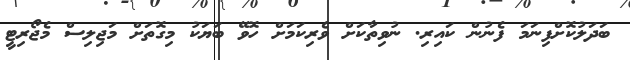
ބަދަލުކޮށްފިނަމަ ފެނުން ކައިރި. ނުވިތާކަށް ވެރިކަމަށް ހޮވޭ ބަޔަކު މިގޮތަށް މަޖިލިސް މެޖޯރިޓީ